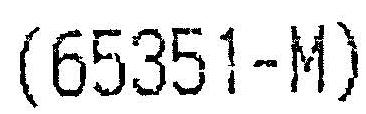
(65351-M)